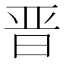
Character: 晋